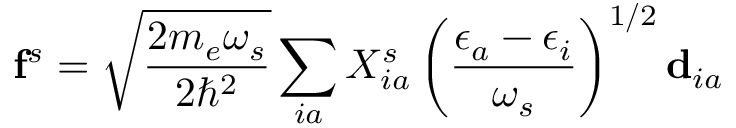
\mathbf { f } ^ { s } = \sqrt { \frac { 2 m _ { e } \omega _ { s } } { 2 \hbar ^ { 2 } } } \sum _ { i a } X _ { i a } ^ { s } \left( \frac { \epsilon _ { a } - \epsilon _ { i } } { \omega _ { s } } \right) ^ { 1 / 2 } \mathbf { d } _ { i a }